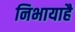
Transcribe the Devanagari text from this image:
निभायाहै